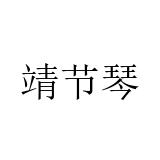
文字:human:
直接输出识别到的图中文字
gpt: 靖节琴